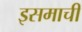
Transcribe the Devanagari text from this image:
इसमाची